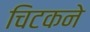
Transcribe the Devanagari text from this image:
चिटकने